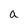
Character: a